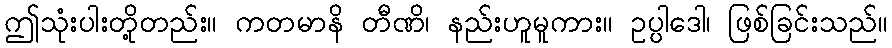
ဤသုံးပါးတို့တည်း။ ကတမာနိ တီဏိ၊ နည်းဟူမူကား။ ဥပ္ပါဒေါ၊ ဖြစ်ခြင်းသည်။